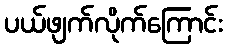
ပယ်ဖျက်လိုက်ကြောင်း